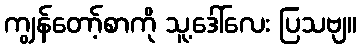
ကျွန်တော့်စာကို သူ့ဒေါ်လေး ပြသဗျ။